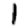
Digit: 1